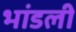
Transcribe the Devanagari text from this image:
भांडली